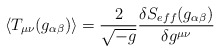
\begin{align*}\langle T_{\mu\nu}(g_{\alpha\beta})\rangle = \frac{2}{\sqrt{-g}}\frac{\delta S_{eff}(g_{\alpha\beta})}{\delta g^{\mu\nu}}\end{align*}